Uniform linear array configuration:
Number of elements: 24
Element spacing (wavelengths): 0.5
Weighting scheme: uniform
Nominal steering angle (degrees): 15
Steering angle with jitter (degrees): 15.813
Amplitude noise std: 0.05
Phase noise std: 0.05

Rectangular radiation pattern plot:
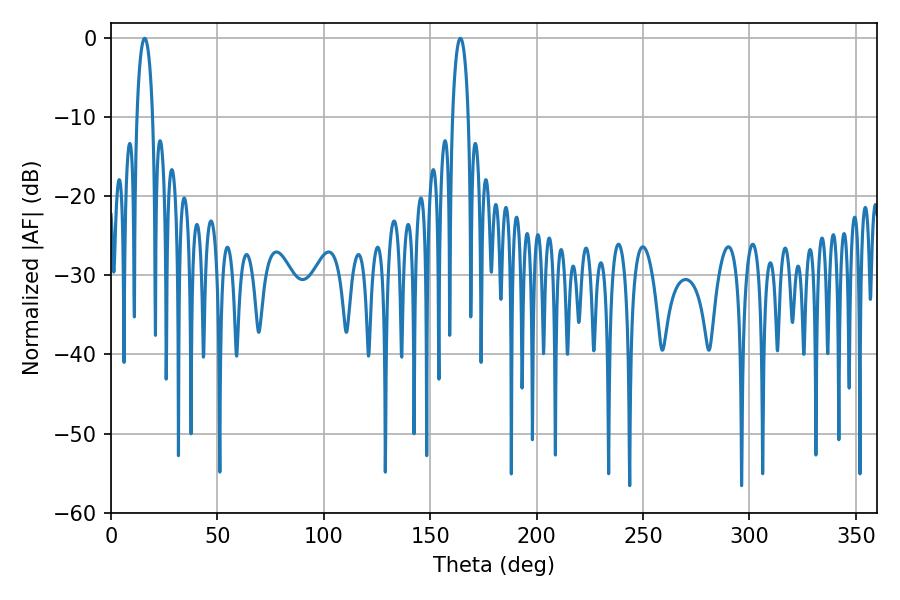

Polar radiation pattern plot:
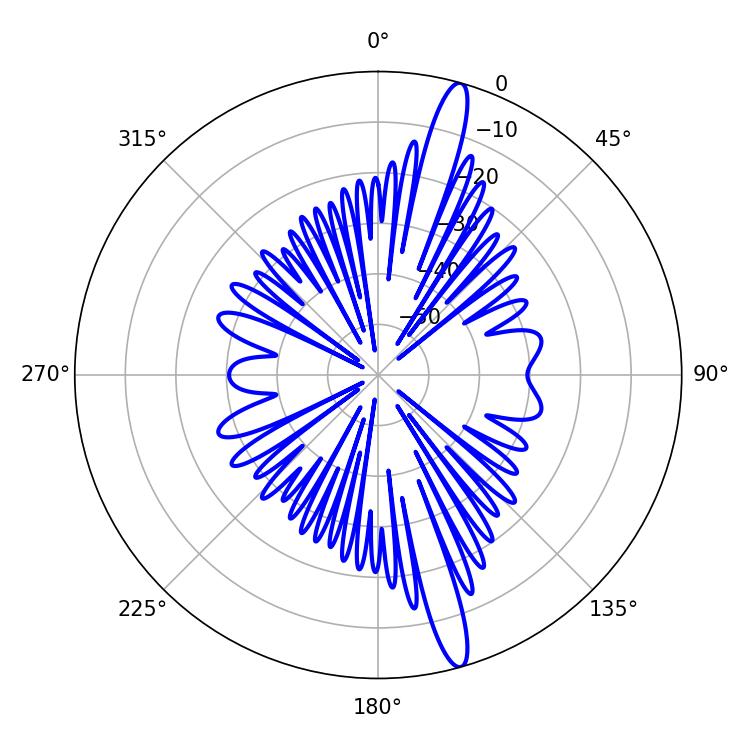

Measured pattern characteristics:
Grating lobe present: FALSE
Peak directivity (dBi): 16.309
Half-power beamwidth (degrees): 4.32
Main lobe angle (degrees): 15.84